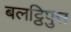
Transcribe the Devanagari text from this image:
बलट्ठिपुत्त